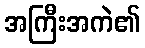
အကြီးအကဲ၏